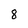
Character: 8